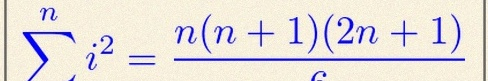
\sum_{i=1}^{n}i^2=\frac{n(n+1)(2n+1)}6